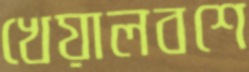
খেয়ালবশে